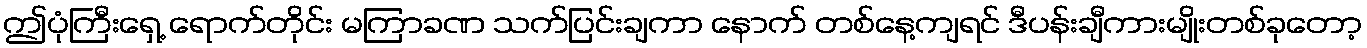
ဤပုံကြီးရှေ့ ရောက်တိုင်း မကြာခဏ သက်ပြင်းချကာ နောက် တစ်နေ့ကျရင် ဒီပန်းချီကားမျိုးတစ်ခုတော့